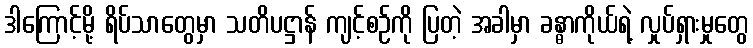
ဒါကြောင့်မို့ ရိပ်သာတွေမှာ သတိပဋ္ဌာန် ကျင့်စဉ်ကို ပြတဲ့ အခါမှာ ခန္ဓာကိုယ်ရဲ့ လှုပ်ရှားမှုတွေ